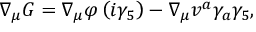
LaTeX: \nabla _ { \mu } G = \nabla _ { \mu } \varphi \left( i \gamma _ { 5 } \right) - \nabla _ { \mu } v ^ { a } \gamma _ { a } \gamma _ { 5 } ,